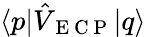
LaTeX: \langle p\vert\hat{V}_{\mathrm{~E~C~P~}}\vert q\rangle